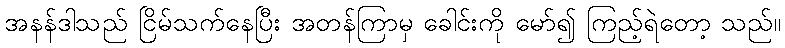
အနန်ဒါသည် ငြိမ်သက်နေပြီး အတန်ကြာမှ ခေါင်းကို မော်၍ ကြည့်ရဲတော့ သည်။